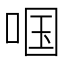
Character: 啯